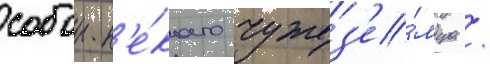
собои н'е́коего чужез'е́мца /